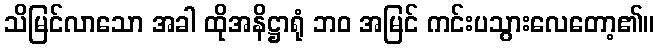
သိမြင်လာသော အခါ ထိုအနိဋ္ဌာရုံ ဘဝ အမြင် ကင်းပသွားလေတော့၏။